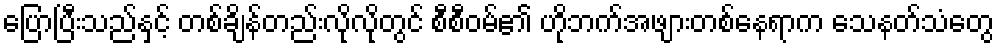
ပြောပြီးသည်နှင့် တစ်ချိန်တည်းလိုလိုတွင် စီစီဝမ်၏ ဟိုဘက်အဖျားတစ်နေရာက သေနတ်သံတွေ